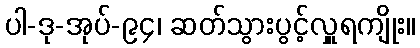
ပါ-ဒု-အုပ်-၉၄၊ ဆတ်သွားပွင့်လှူရကျိုး။